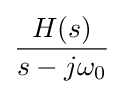
{\frac {H(s)}{s-j\omega _{0}}}